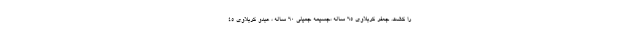
را کشت. جعفر کربلاوی 65 ساله ،جسیمه جمیلی 60 ساله ، عبدو کربلاوی 45